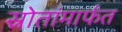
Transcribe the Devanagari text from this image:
स्रोतांमार्फत